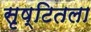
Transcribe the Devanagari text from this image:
सृष्टितला